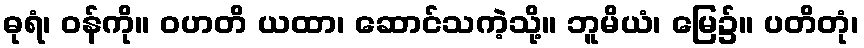
ဓုရံ၊ ဝန်ကို။ ဝဟတိ ယထာ၊ ဆောင်သကဲ့သို့။ ဘူမိယံ၊ မြေ၌။ ပတိတုံ၊